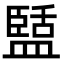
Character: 𭾑